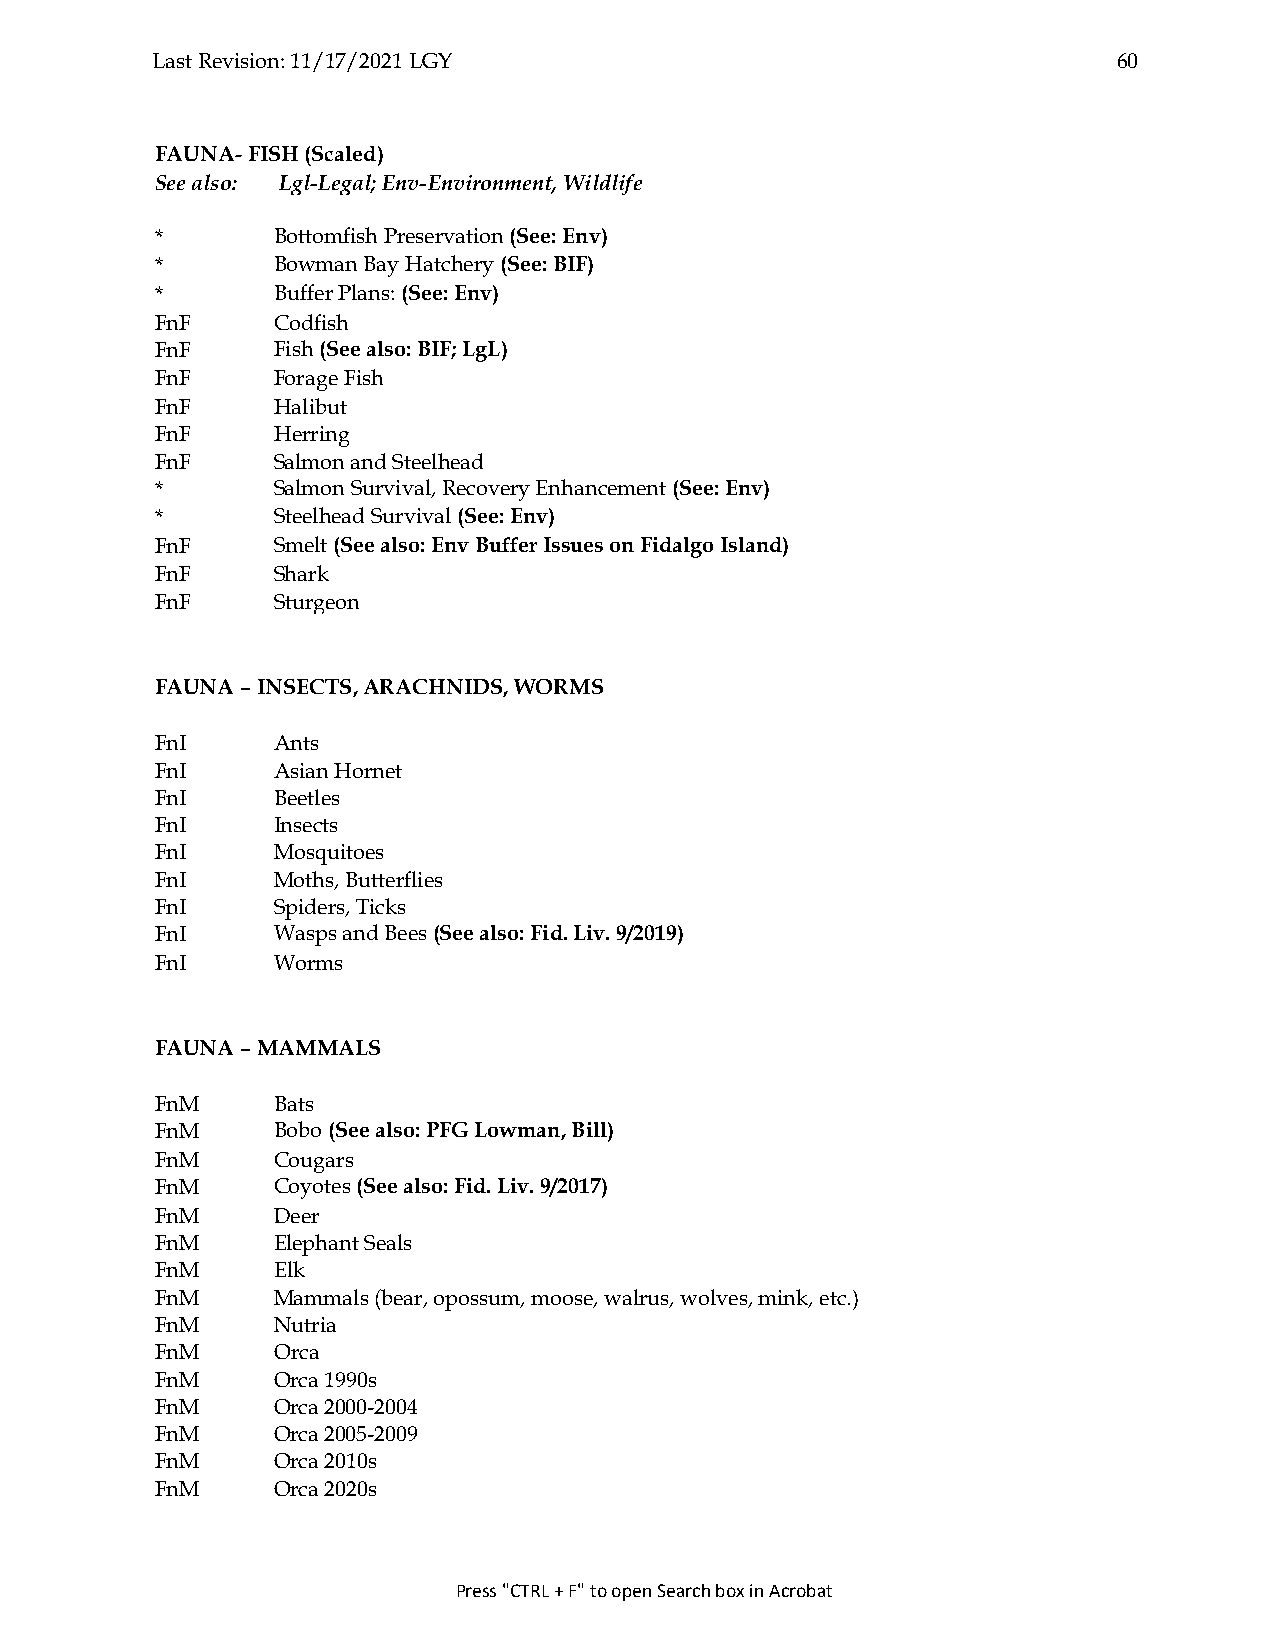
Last Revision: 11/17/2021 LGY                                   60
 FAUNA- FISH (Scaled)
 See also: Lgl-Legal; Env-Environment, Wildlife
 *       Bottomfish Preservation (See: Env)
 *       Bowman Bay Hatchery (See: BIF)
 *       Buffer Plans: (See: Env)
 FnF     Codfish
 FnF     Fish (See also: BIF; LgL)
 FnF     Forage Fish
 FnF     Halibut
 FnF     Herring
 FnF     Salmon and Steelhead
 *       Salmon Survival, Recovery Enhancement (See: Env)
 *       Steelhead Survival (See: Env)
 FnF     Smelt (See also: Env Buffer Issues on Fidalgo Island)
 FnF     Shark
 FnF     Sturgeon
 FAUNA – INSECTS, ARACHNIDS, WORMS
 FnI     Ants
 FnI     Asian Hornet
 FnI     Beetles
 FnI     Insects
 FnI     Mosquitoes
 FnI     Moths, Butterflies
 FnI     Spiders, Ticks
 FnI     Wasps and Bees (See also: Fid. Liv. 9/2019)
 FnI     Worms
 FAUNA – MAMMALS
 FnM     Bats
 FnM     Bobo (See also: PFG Lowman, Bill)
 FnM     Cougars
 FnM     Coyotes (See also: Fid. Liv. 9/2017)
 FnM     Deer
 FnM     Elephant Seals
 FnM     Elk
 FnM     Mammals (bear, opossum, moose, walrus, wolves, mink, etc.)
 FnM     Nutria
 FnM     Orca
 FnM     Orca 1990s
 FnM     Orca 2000-2004
 FnM     Orca 2005-2009
 FnM     Orca 2010s
 FnM     Orca 2020s
 Press "CTRL + F" to open Search box in Acrobat